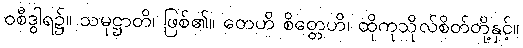
ဝစီဒွါရ၌။ သမုဋ္ဌာတိ၊ ဖြစ်၏။ တေဟိ စိတ္တေဟိ၊ ထိုကုသိုလ်စိတ်တို့နှင့်။